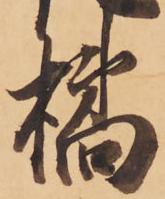
橘